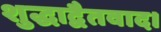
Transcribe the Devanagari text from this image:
शुद्धाद्वैतवाद।